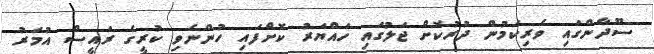
ސޫދާންގައި ވެރިކަމުން ދުރުކޮށް ޖަލުގައި ހައްޔަރު ކޮށްފައި ހުންނެވި ކުރީގެ ރައީސް އުމަރު